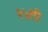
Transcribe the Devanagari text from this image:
२५शी